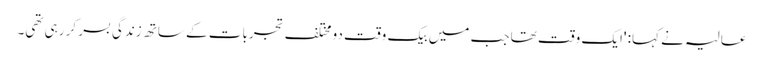
عالیہ نے کہا: 'ایک وقت تھا جب میں بیک وقت دو مختلف تجربات کے ساتھ زندگی بسر کر رہی تھی۔